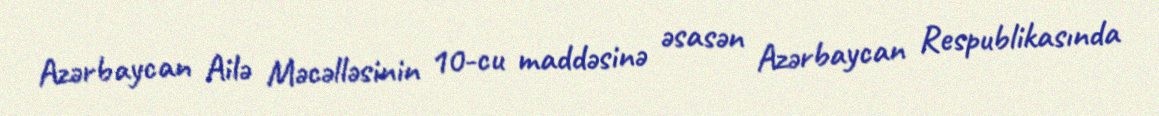
Azərbaycan Ailə Məcəlləsinin 10-cu maddəsinə əsasən Azərbaycan Respublikasında